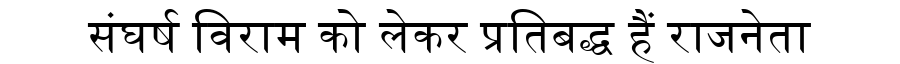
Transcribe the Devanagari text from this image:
संघर्ष विराम को लेकर प्रतिबद्ध हैं राजनेता